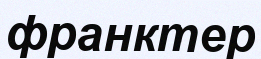
франктер